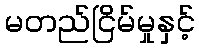
မတည်ငြိမ်မှုနှင့်